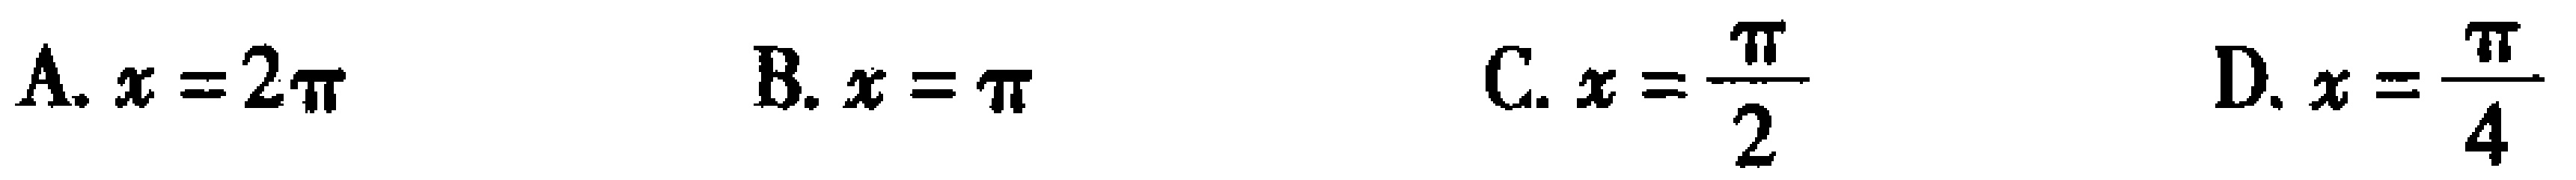
A. \(x = 2\pi\)  B. \(x = \pi\)  C. \(x = \frac{\pi}{2}\)  D. \(x = \frac{\pi}{4}\)